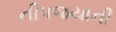
નીપજયાની